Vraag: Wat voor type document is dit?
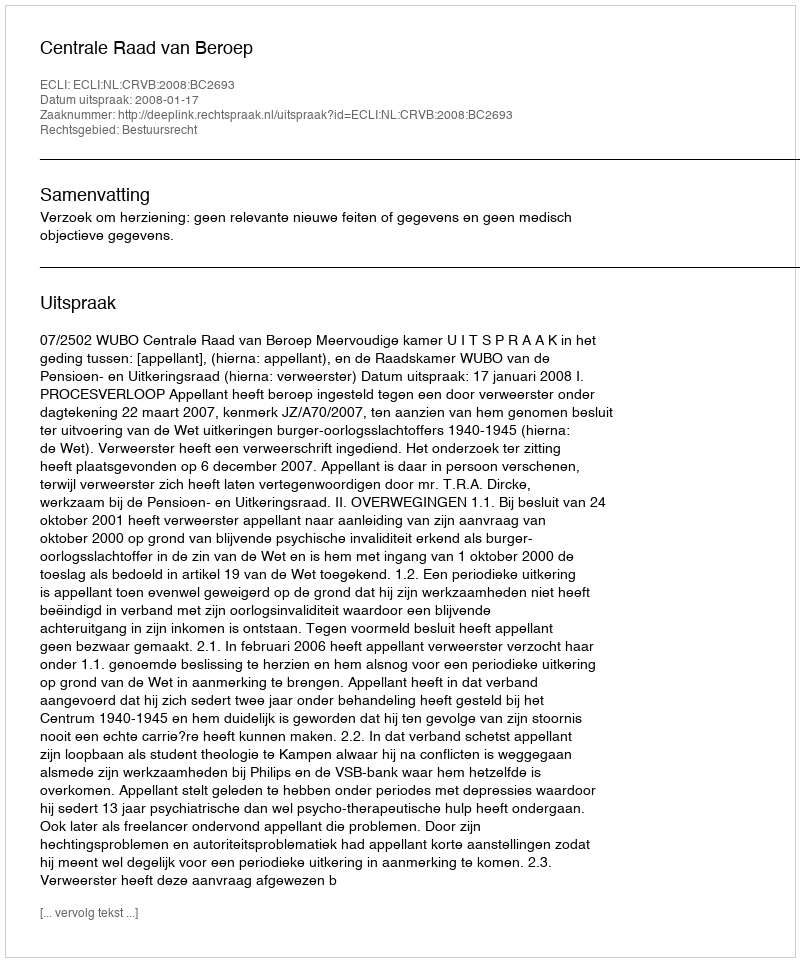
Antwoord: Uitspraak